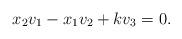
LaTeX: \begin{align*}x_2v_1-x_1v_2+kv_3=0.\end{align*}